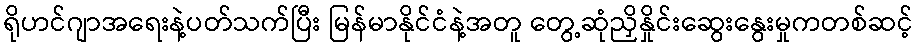
ရိုဟင်ဂျာအရေးနဲ့ပတ်သက်ပြီး မြန်မာနိုင်ငံနဲ့အတူ တွေ့ဆုံညှိနှိုင်းဆွေးနွေးမှုကတစ်ဆင့်